talulepingud_et, lk 7
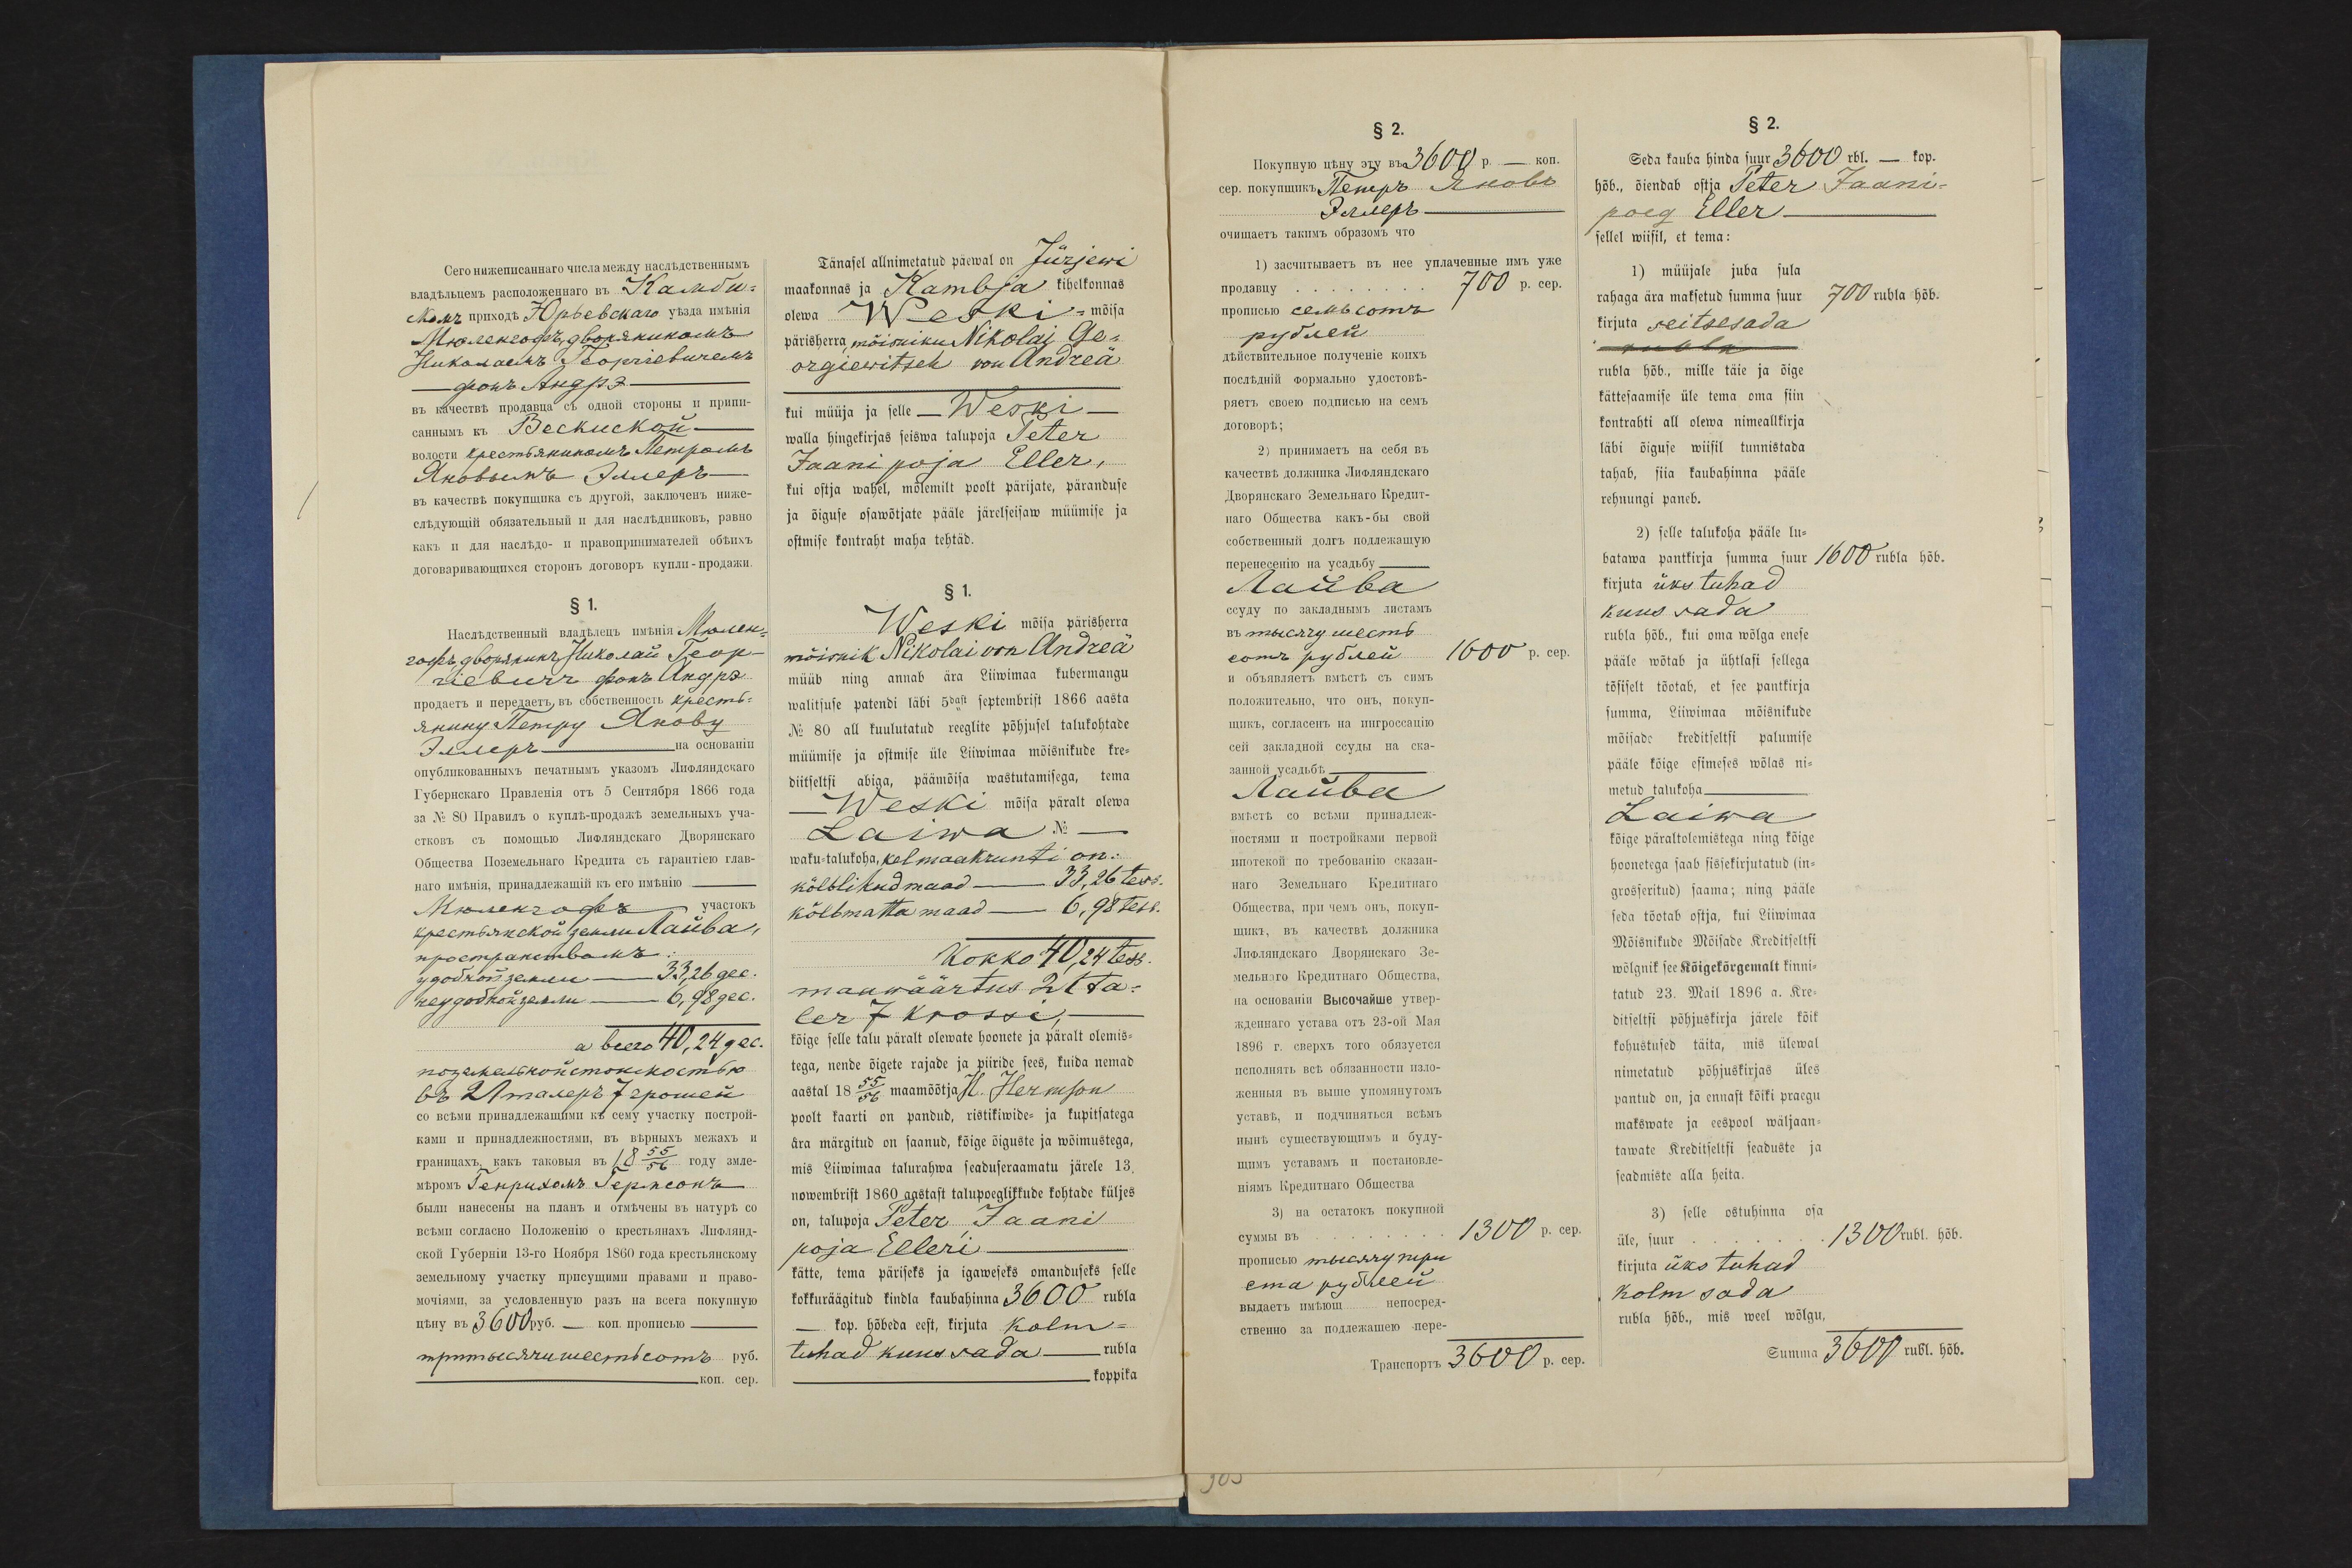
Tänasel allnimetatud päewal on Jürjewi
maakonnas ja Kambja kihelkonnas
olewa Weski mõisa
pärisherra, mõisniku Nikolai Ge-
orgiewitsch von Andreä
kui müüja ja selle Weski
walla hingekirjas seiswa talupoja Peter
Jaani poja Eller,
kui ostja wahel, mõlemilt poolt pärijate, päranduse
ja õiguse osawõtjate pääle järelseisaw müümise ja
ostmise kontraht maha tehtäd.
§ 1.
Weski mõisa pärisherra
mõisnik Nikolai von Andreä
müüb ning annab ära Liiwimaa kubermangu
walitsuse patendi läbi 5dast septembrist 1866 aasta
No 80 all kuulutatud reeglite põhjusel talukohtade
müümise ja ostmise üle Liiwimaa mõisnikude kre-
diitseltsi abiga, päämõisa wastutamisega, tema
Weski mõisa päralt olewa
Laiwa No -
waku-talukoha, kel maakrunti on:
kõlblikud maad - 33,26 tess.
kõlbmatta maad - 6,98 tess.
Kokko 40,24 tess.
maawäärtus 21 ta-
ler 7 krossi,
kõige selle talu päralt olewate hoonete ja päralt olemis-
tega, nende õigete rajade ja piiride sees, kuida nemad
aastal 1855/56 maamõõtja H. Hermson
poolt kaarti on pandud, ristikiwide- ja kupitsatega
ära märgitud on saanud, kõige õiguste ja wõmistega,
mis Liiwimaa talurahwa seaduseraamatu järele 13.
nowembrist 1860 aastast talupoeglikkude kohtade küljes
on, talupoja Peter Jaani
poja Elleri
kätte, tema päriseks ja igaweseks omanduseks selle
kokkuräägitud kindla kaubahinna 3600 rubla
kop. hõbeda eest, kirjuta kolm-
tuhad kuus sada rubla
koppika

§ 2.
Seda kauba hinda suur 2600 rbl. - kop.
hõb., õiendab ostja Peter Jaani-
poeg Eller
sellel wiisil, et tema:
1) müüjale juba sula
rahaga ära maksetud summa suur 700 rubla hõb.
kirjuta seitsesada
rubla hõb., mille täie ja õige
kättesaamise üle tema oma siin
kontrahti all olewa nimeallkirja
läbi õiguse wiisil tunnistada
tahab, siia kaubahinna pääle
rehnungi paneb.
2) selle talukoha pääle lu-
batawa pantkirja summa suur 1600 rubla hõb.
kirjuta üks tuhad
kuus sada
rubla hõb., kui oma wõlga enese
pääle wõtab ja ühtlasi sellega
tõsiselt tõotab, et see pantkirja
summa, Liiwima mõisnikude
mõisade kreditseltsi palumise
pääle kõige esimeses wõlas ni-
metud talukoha
Laiwa
kõige päraltolemistega ning kõige
hoonetefa saab sissekirjutatud (in-
grosseritud) saama; ning pääle
seda tõotab ostja, kui Liiwimaa
Mõisnikude Mõisade Kreditseltsi
wõlgnik see Kõigekõrgemalt kinni-
tatud 23. Mail 1896 a. Kre-
ditseltsi põhjuskirja järele kõik
kohustused täita, mis ülewal
nimetud põhjuskirjas üles
pantud on, ja ennast kõiki praegu
makswate ja eespool wäljaan-
tawate Kreditseltsi seaduste ja
seadmiste alla heita.
3) selle ostuhinna osa
üle, suur 1300 rubl. hõb.
kirjuta üks tuhad
kolm sada
rubla hõb., mis weel wõlgu,
Summa 3600 rubl. hõb.